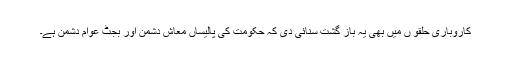
کاروباری حلقو ں میں بھی یہ باز گشت سنائی دی کہ حکومت کی پالیساں معاش دشمن اور بجٹ عوام دشمن ہے۔